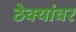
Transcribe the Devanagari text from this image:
ठेक्यांवर